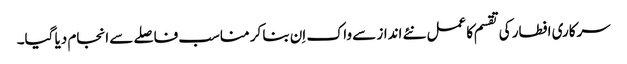
سرکاری افطار کی تقسم کا عمل نئے انداز سے واک اِن بنا کر مناسب فاصلے سے انجام دیا گیا۔